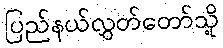
ပြည်နယ်လွှတ်တော်သို့